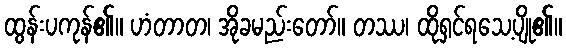
ထွန်းပကုန်၏။ ဟံတာတ၊ အိုခမည်းတော်။ တဿ၊ ထိုရှင်ရသေ့ပျို၏။